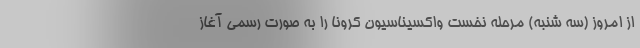
از امروز (سه شنبه) مرحله نخست واکسیناسیون کرونا را به صورت رسمی آغاز